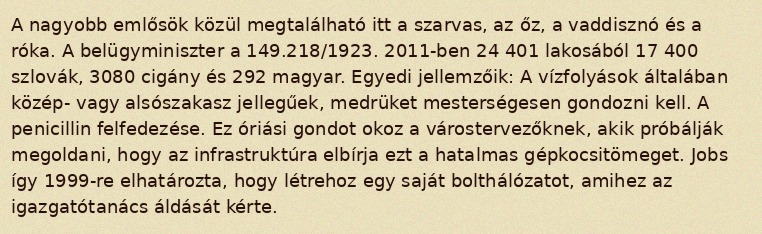
A nagyobb emlősök közül megtalálható itt a szarvas, az őz, a vaddisznó és a róka. A belügyminiszter a 149.218/1923. 2011-ben 24 401 lakosából 17 400 szlovák, 3080 cigány és 292 magyar. Egyedi jellemzőik: A vízfolyások általában közép- vagy alsószakasz jellegűek, medrüket mesterségesen gondozni kell. A penicillin felfedezése. Ez óriási gondot okoz a várostervezőknek, akik próbálják megoldani, hogy az infrastruktúra elbírja ezt a hatalmas gépkocsitömeget. Jobs így 1999-re elhatározta, hogy létrehoz egy saját bolthálózatot, amihez az igazgatótanács áldását kérte.